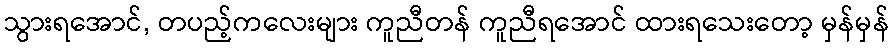
သွားရအောင်, တပည့်ကလေးများ ကူညီတန် ကူညီရအောင် ထားရသေးတော့ မှန်မှန်